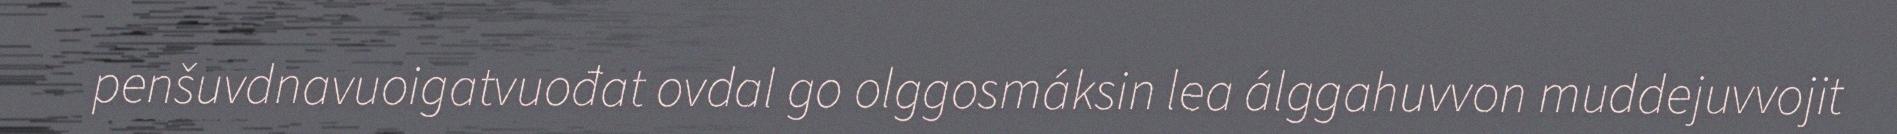
penšuvdnavuoigatvuođat ovdal go olggosmáksin lea álggahuvvon muddejuvvojit